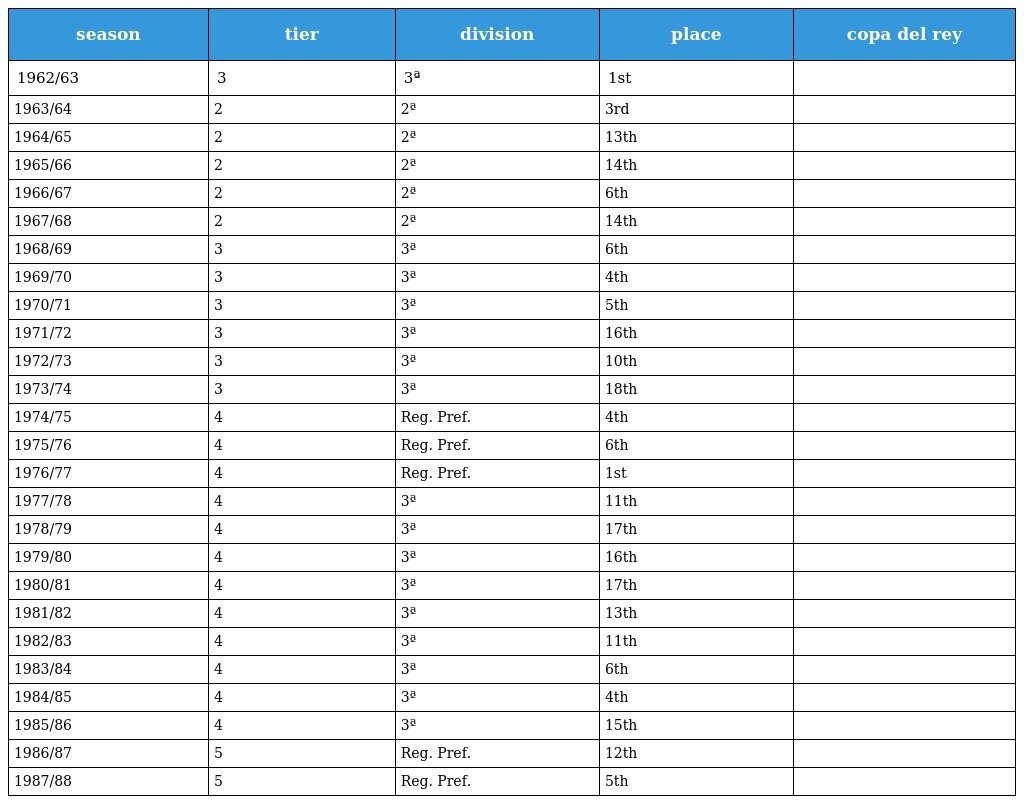
| season | tier | division | place | copa del rey |
 | --- | --- | --- | --- | --- |
 | 1962/63 | 3 | 3ª | 1st |  |
 | 1963/64 | 2 | 2ª | 3rd |  |
 | 1964/65 | 2 | 2ª | 13th |  |
 | 1965/66 | 2 | 2ª | 14th |  |
 | 1966/67 | 2 | 2ª | 6th |  |
 | 1967/68 | 2 | 2ª | 14th |  |
 | 1968/69 | 3 | 3ª | 6th |  |
 | 1969/70 | 3 | 3ª | 4th |  |
 | 1970/71 | 3 | 3ª | 5th |  |
 | 1971/72 | 3 | 3ª | 16th |  |
 | 1972/73 | 3 | 3ª | 10th |  |
 | 1973/74 | 3 | 3ª | 18th |  |
 | 1974/75 | 4 | Reg. Pref. | 4th |  |
 | 1975/76 | 4 | Reg. Pref. | 6th |  |
 | 1976/77 | 4 | Reg. Pref. | 1st |  |
 | 1977/78 | 4 | 3ª | 11th |  |
 | 1978/79 | 4 | 3ª | 17th |  |
 | 1979/80 | 4 | 3ª | 16th |  |
 | 1980/81 | 4 | 3ª | 17th |  |
 | 1981/82 | 4 | 3ª | 13th |  |
 | 1982/83 | 4 | 3ª | 11th |  |
 | 1983/84 | 4 | 3ª | 6th |  |
 | 1984/85 | 4 | 3ª | 4th |  |
 | 1985/86 | 4 | 3ª | 15th |  |
 | 1986/87 | 5 | Reg. Pref. | 12th |  |
 | 1987/88 | 5 | Reg. Pref. | 5th |  |